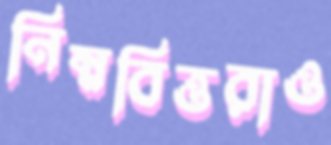
নিম্নবিত্তরাও